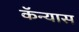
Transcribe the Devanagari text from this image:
कॅन्यास